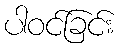
ပါဝင်ခြင်း